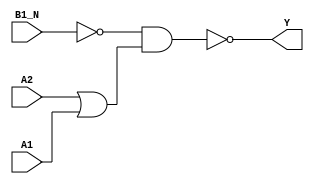
module sky130_fd_sc_hd__o21bai (
    Y   ,
    A1  ,
    A2  ,
    B1_N
);

    // Module ports
    output Y   ;
    input  A1  ;
    input  A2  ;
    input  B1_N;

    // Module supplies
    supply1 VPWR;
    supply0 VGND;
    supply1 VPB ;
    supply0 VNB ;

    // Local signals
    wire b          ;
    wire or0_out    ;
    wire nand0_out_Y;

    //   Name   Output       Other arguments
    not  not0  (b          , B1_N           );
    or   or0   (or0_out    , A2, A1         );
    nand nand0 (nand0_out_Y, b, or0_out     );
    buf  buf0  (Y          , nand0_out_Y    );

endmodule